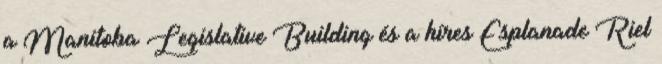
a Manitoba Legislative Building és a híres Esplanade Riel